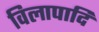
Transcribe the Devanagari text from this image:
विलापादि